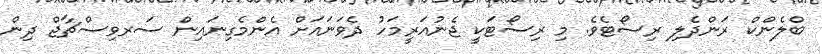
ބްލެންކް ރަންދެލި ރިސޯޓެވެ. މި ރިސޯޓަކީ ޖެނުއަރީމަހު ދެވަނައަށް އެންމެގިނައިން ސަރވިސްޗާޖް ދިން